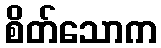
စိတ်သောက